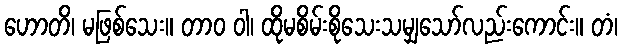
ဟောတိ၊ မဖြစ်သေး။ တာဝ ဝါ၊ ထိုမစိမ်းစိုသေးသမျှသော်လည်းကောင်း။ တံ၊